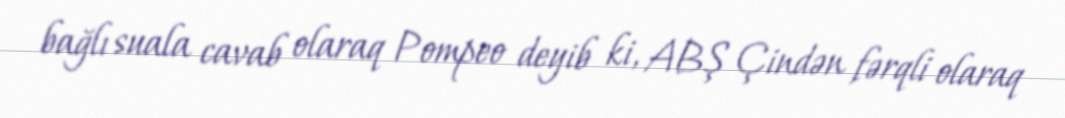
bağlı suala cavab olaraq Pompeo deyib ki, ABŞ Çindən fərqli olaraq